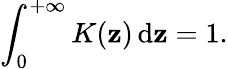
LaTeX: \int_{0}^{+\infty}K(\mathbf{z})\mathop{}\! \mathrm{{d}}\mathbf{z}=1.